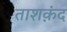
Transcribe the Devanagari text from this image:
ताशक़ंद